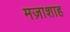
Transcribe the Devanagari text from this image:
मज़ाशाह